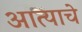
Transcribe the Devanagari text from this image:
आत्याचे